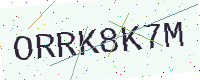
Text: ORRK8K7M